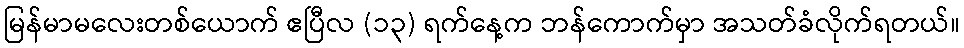
မြန်မာမလေးတစ်ယောက် ဧပြီလ (၁၃) ရက်နေ့က ဘန်ကောက်မှာ အသတ်ခံလိုက်ရတယ်။